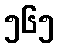
၅၆၅